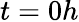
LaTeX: t=0h